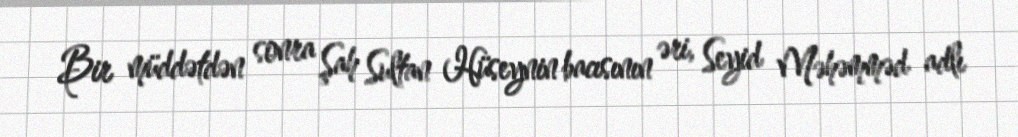
Bir müddətdən sonra Şah Sultan Hüseynin bacısının əri, Seyid Məhəmməd adlı